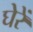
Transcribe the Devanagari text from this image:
घेरें